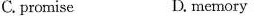
C.promise D.memory